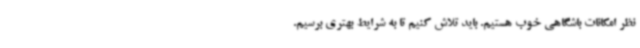
نظر امکانات باشگاهی خوب هستیم. باید تلاش کنیم تا به شرایط بهتری برسیم.